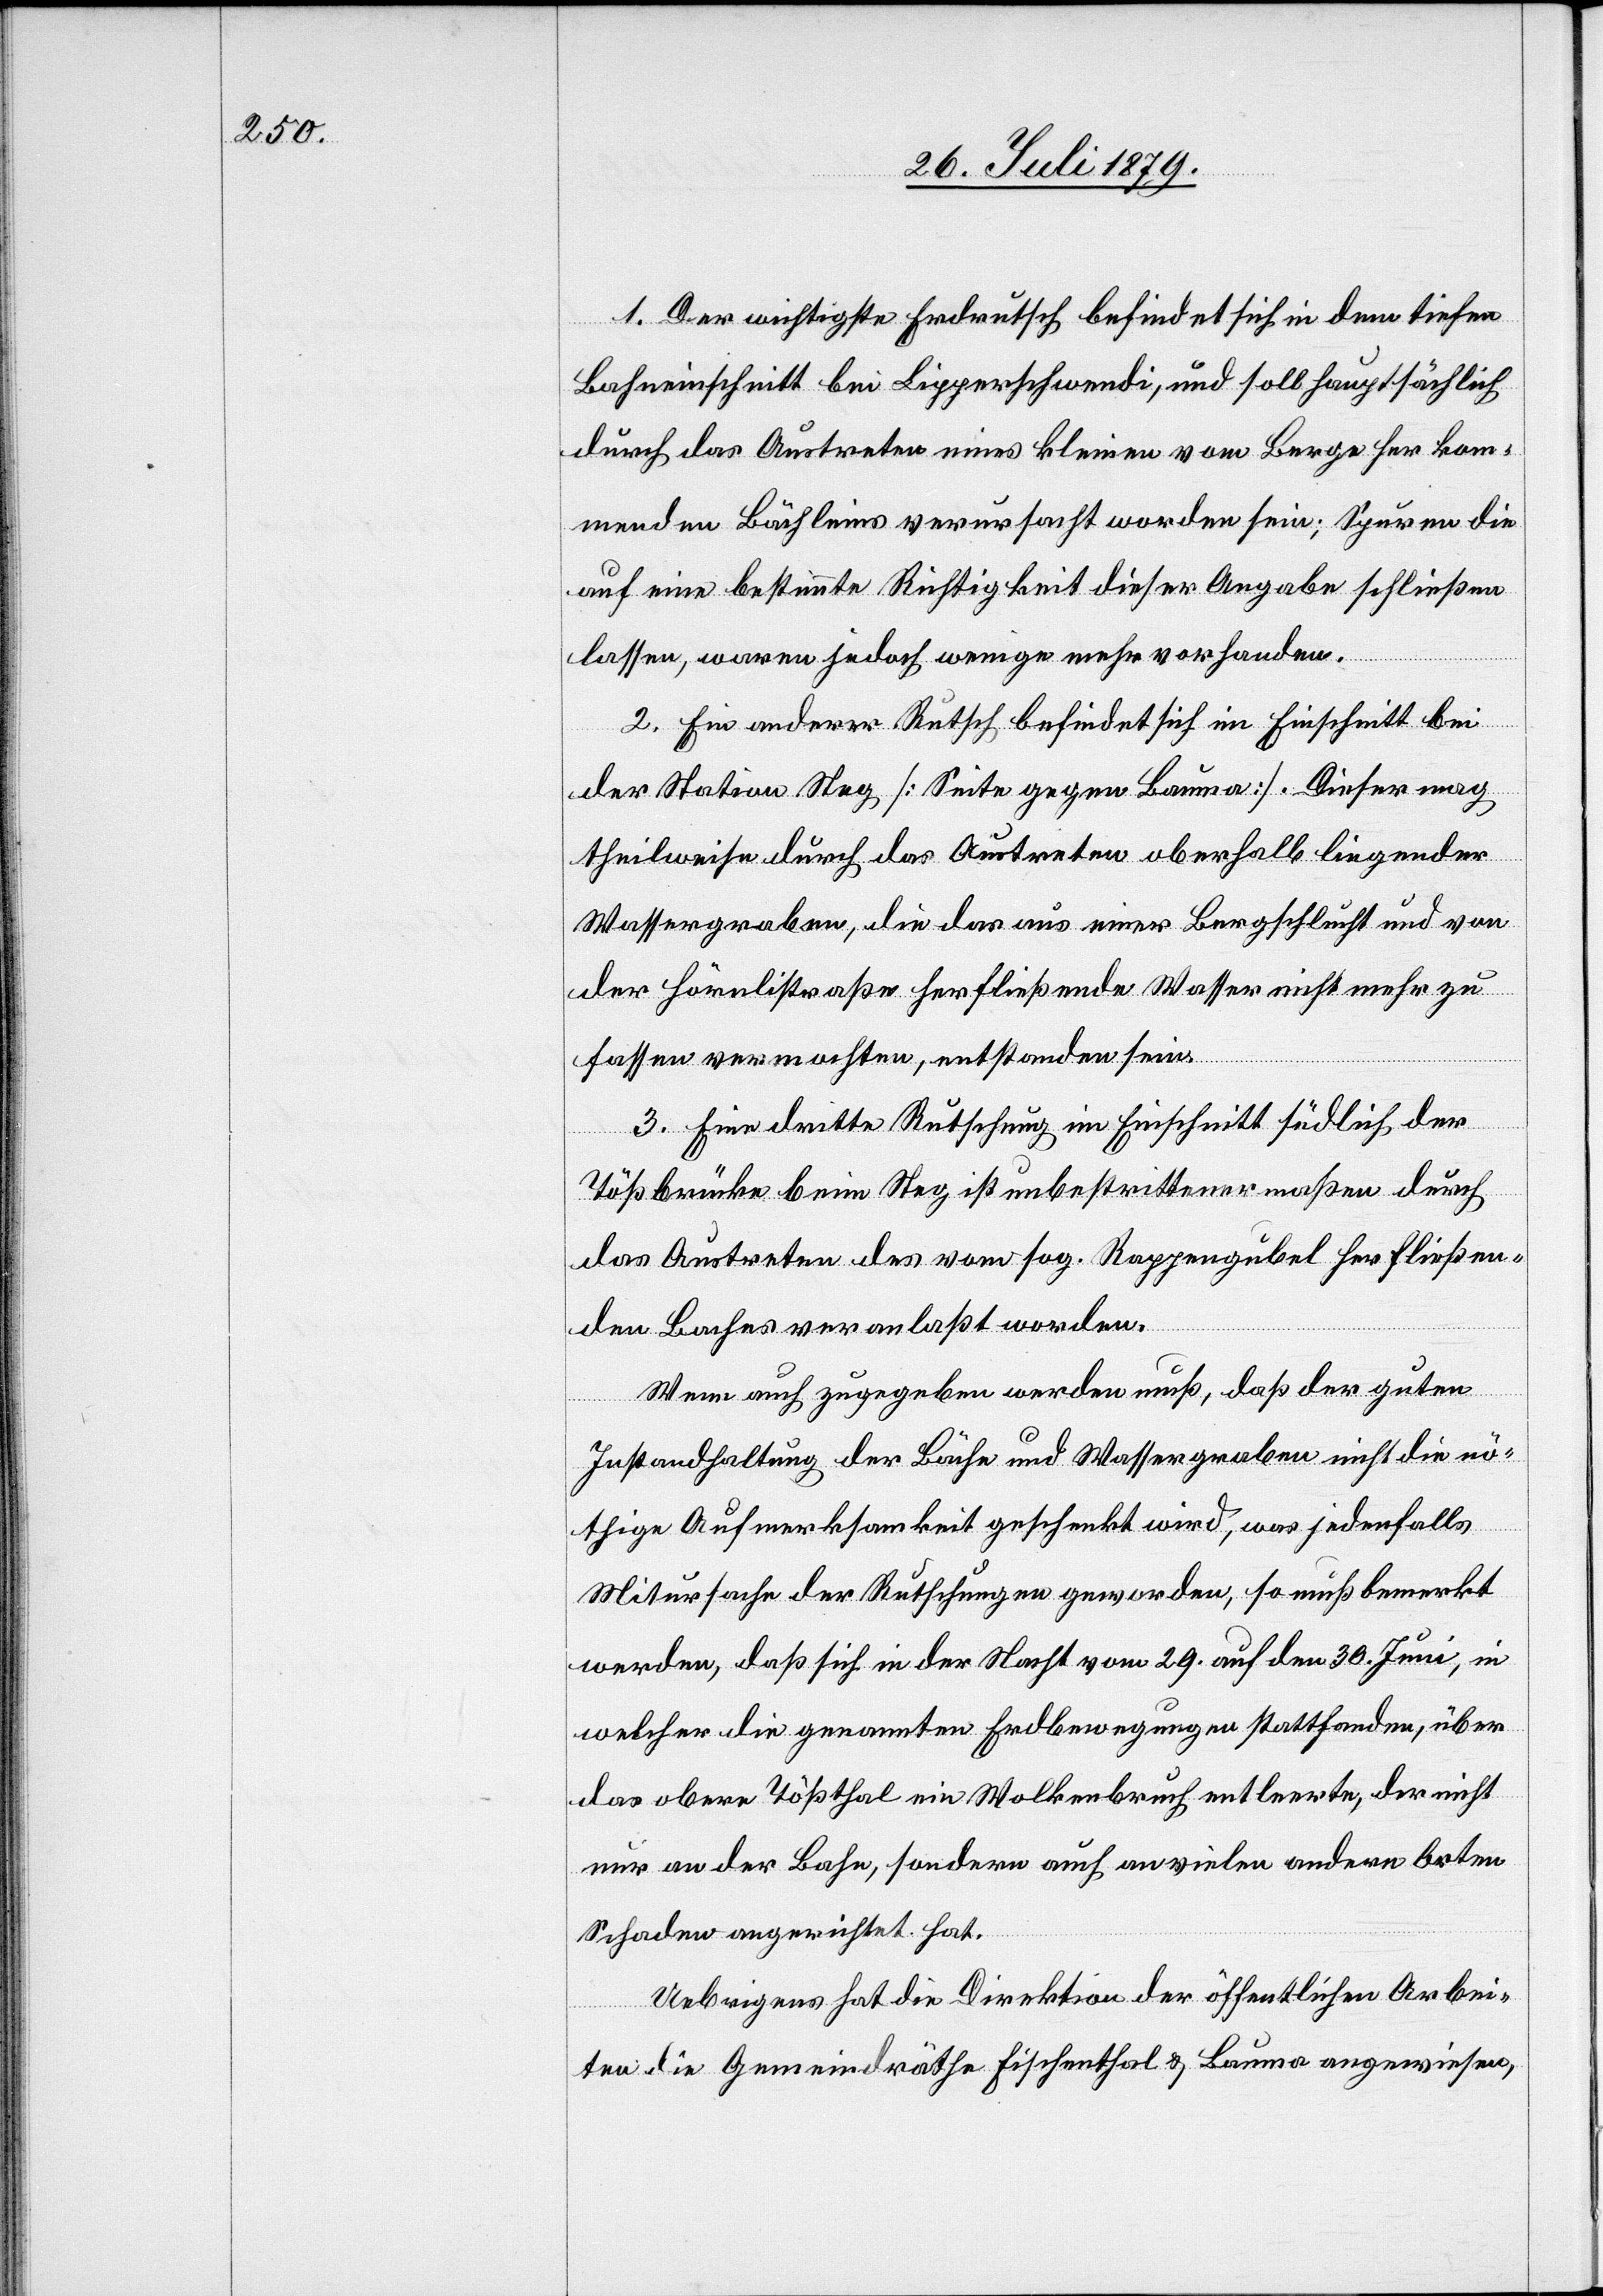
1. Der wichtigste Erdrutsch befindet sich in dem tiefen
Bahneinschnitt bei Lippertschwendi, und soll hauptsächlich
durch das Austreten eines kleinen vom Berge her kom¬
menden Bächleins verursacht worden sein; Spuren die
auf eine bestimmte Richtigkeit dieser Angabe schließen
lassen, waren jedoch wenige mehr vorhanden.
2. Ein anderer Rutsch befindet sich im Einschnitt bei
der Station Steg [Seite gegen Bauma]. Dieser mag
theilweise durch das Austreten oberhalb liegender
Wassergraben, die das aus einer Bergschlucht und von
der Hörnlistraße herfließende Wasser nicht mehr zu
fassen vermochten, entstanden sein.
3. Eine dritte Rutschung im Einschnitt südlich der
Tößbrücke beim Steg ist unbestrittenermaßen durch
das Austreten des vom sog. Rappengubel herfließen¬
den Baches veranlaßt worden.
Wenn auch zugegeben werden muß, daß der guten
Instandhaltung der Bäche und Wassergraben nicht die nö¬
thige Aufmerksamkeit geschenkt wird, was jedenfalls
Mitursache der Rutschungen geworden, so muß bemerkt
werden, daß sich in der Nacht vom 29. auf den 30. Juni, in
welcher die genannten Erdbewegungen stattfanden, über
das obere Tößthal ein Wolkenbruch entleerte, der nicht
nur an der Bahn, sondern auch an vielen andern Orten
Schaden angerichtet hat.
Uebrigens hat die Direktion der öffentlichen Arbei¬
ten die Gemeindräthe Fischenthal & Bauma angewiesen,